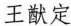
王献定